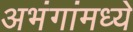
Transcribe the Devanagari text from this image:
अभंगांमध्ये